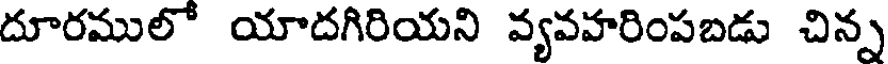
దూరములో యాదగిరియని వ్యవహరింపబడు చిన్న